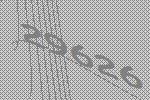
29626